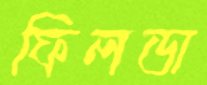
ফিলডা